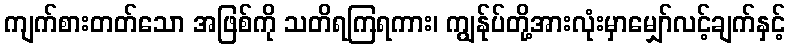
ကျက်စားတတ်သော အဖြစ်ကို သတိရကြရကား၊ ကျွန်ုပ်တို့အားလုံးမှာမျှော်လင့်ချက်နှင့်